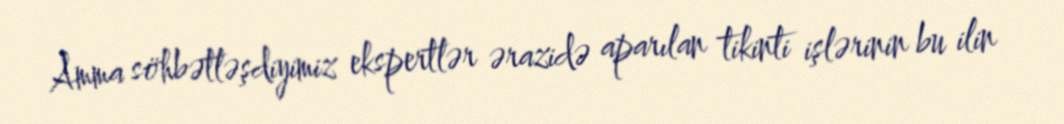
Amma söhbətləşdiyimiz ekspertlər ərazidə aparılan tikinti işlərinin bu ilin